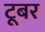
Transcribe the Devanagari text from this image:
टूबर